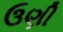
ઉણી